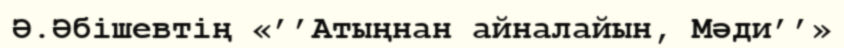
Ә.Әбішевтің «’’Атыңнан айналайын, Мәди’’»